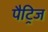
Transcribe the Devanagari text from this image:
पैट्रिज